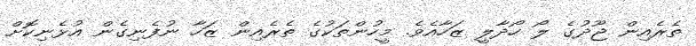
ތެރެއިން ޖޫދުގެ ލޯ ހޯދާލީ ޒަހާއެވެ. މީހުންތަކުގެ ތެރެއިން ޒަހާ ނުފެނިގެން އުޅެނިކޮށް